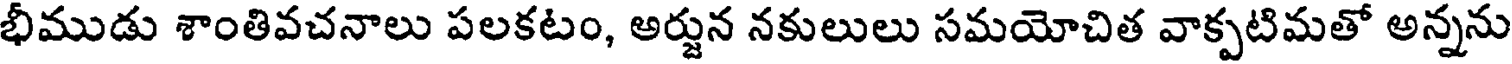
భీముడు శాంతివచనాలు పలకటం, అర్జున నకులులు సమయోచిత వాక్పటిమతో అన్నను